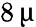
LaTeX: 8\, \upmu